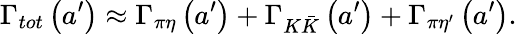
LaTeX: \Gamma_{tot}\left(a^{\prime}\right)\approx\Gamma_{\pi\eta}\left(a^{\prime}\right)+\Gamma_{K\bar{K}}\left(a^{\prime}\right)+\Gamma_{\pi{\eta}^{\prime}}\left(a^{\prime}\right).